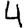
Digit: 4